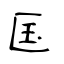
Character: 匤